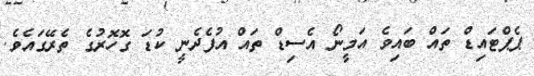
ޕެޕްޓައިޑް ތައް ބައިވެ އަމީނޯ އެސިޑް ތައް އުފެދެނީ ކުޑަ ގޮހޮރުގެ ތެރޭގައެވެ.